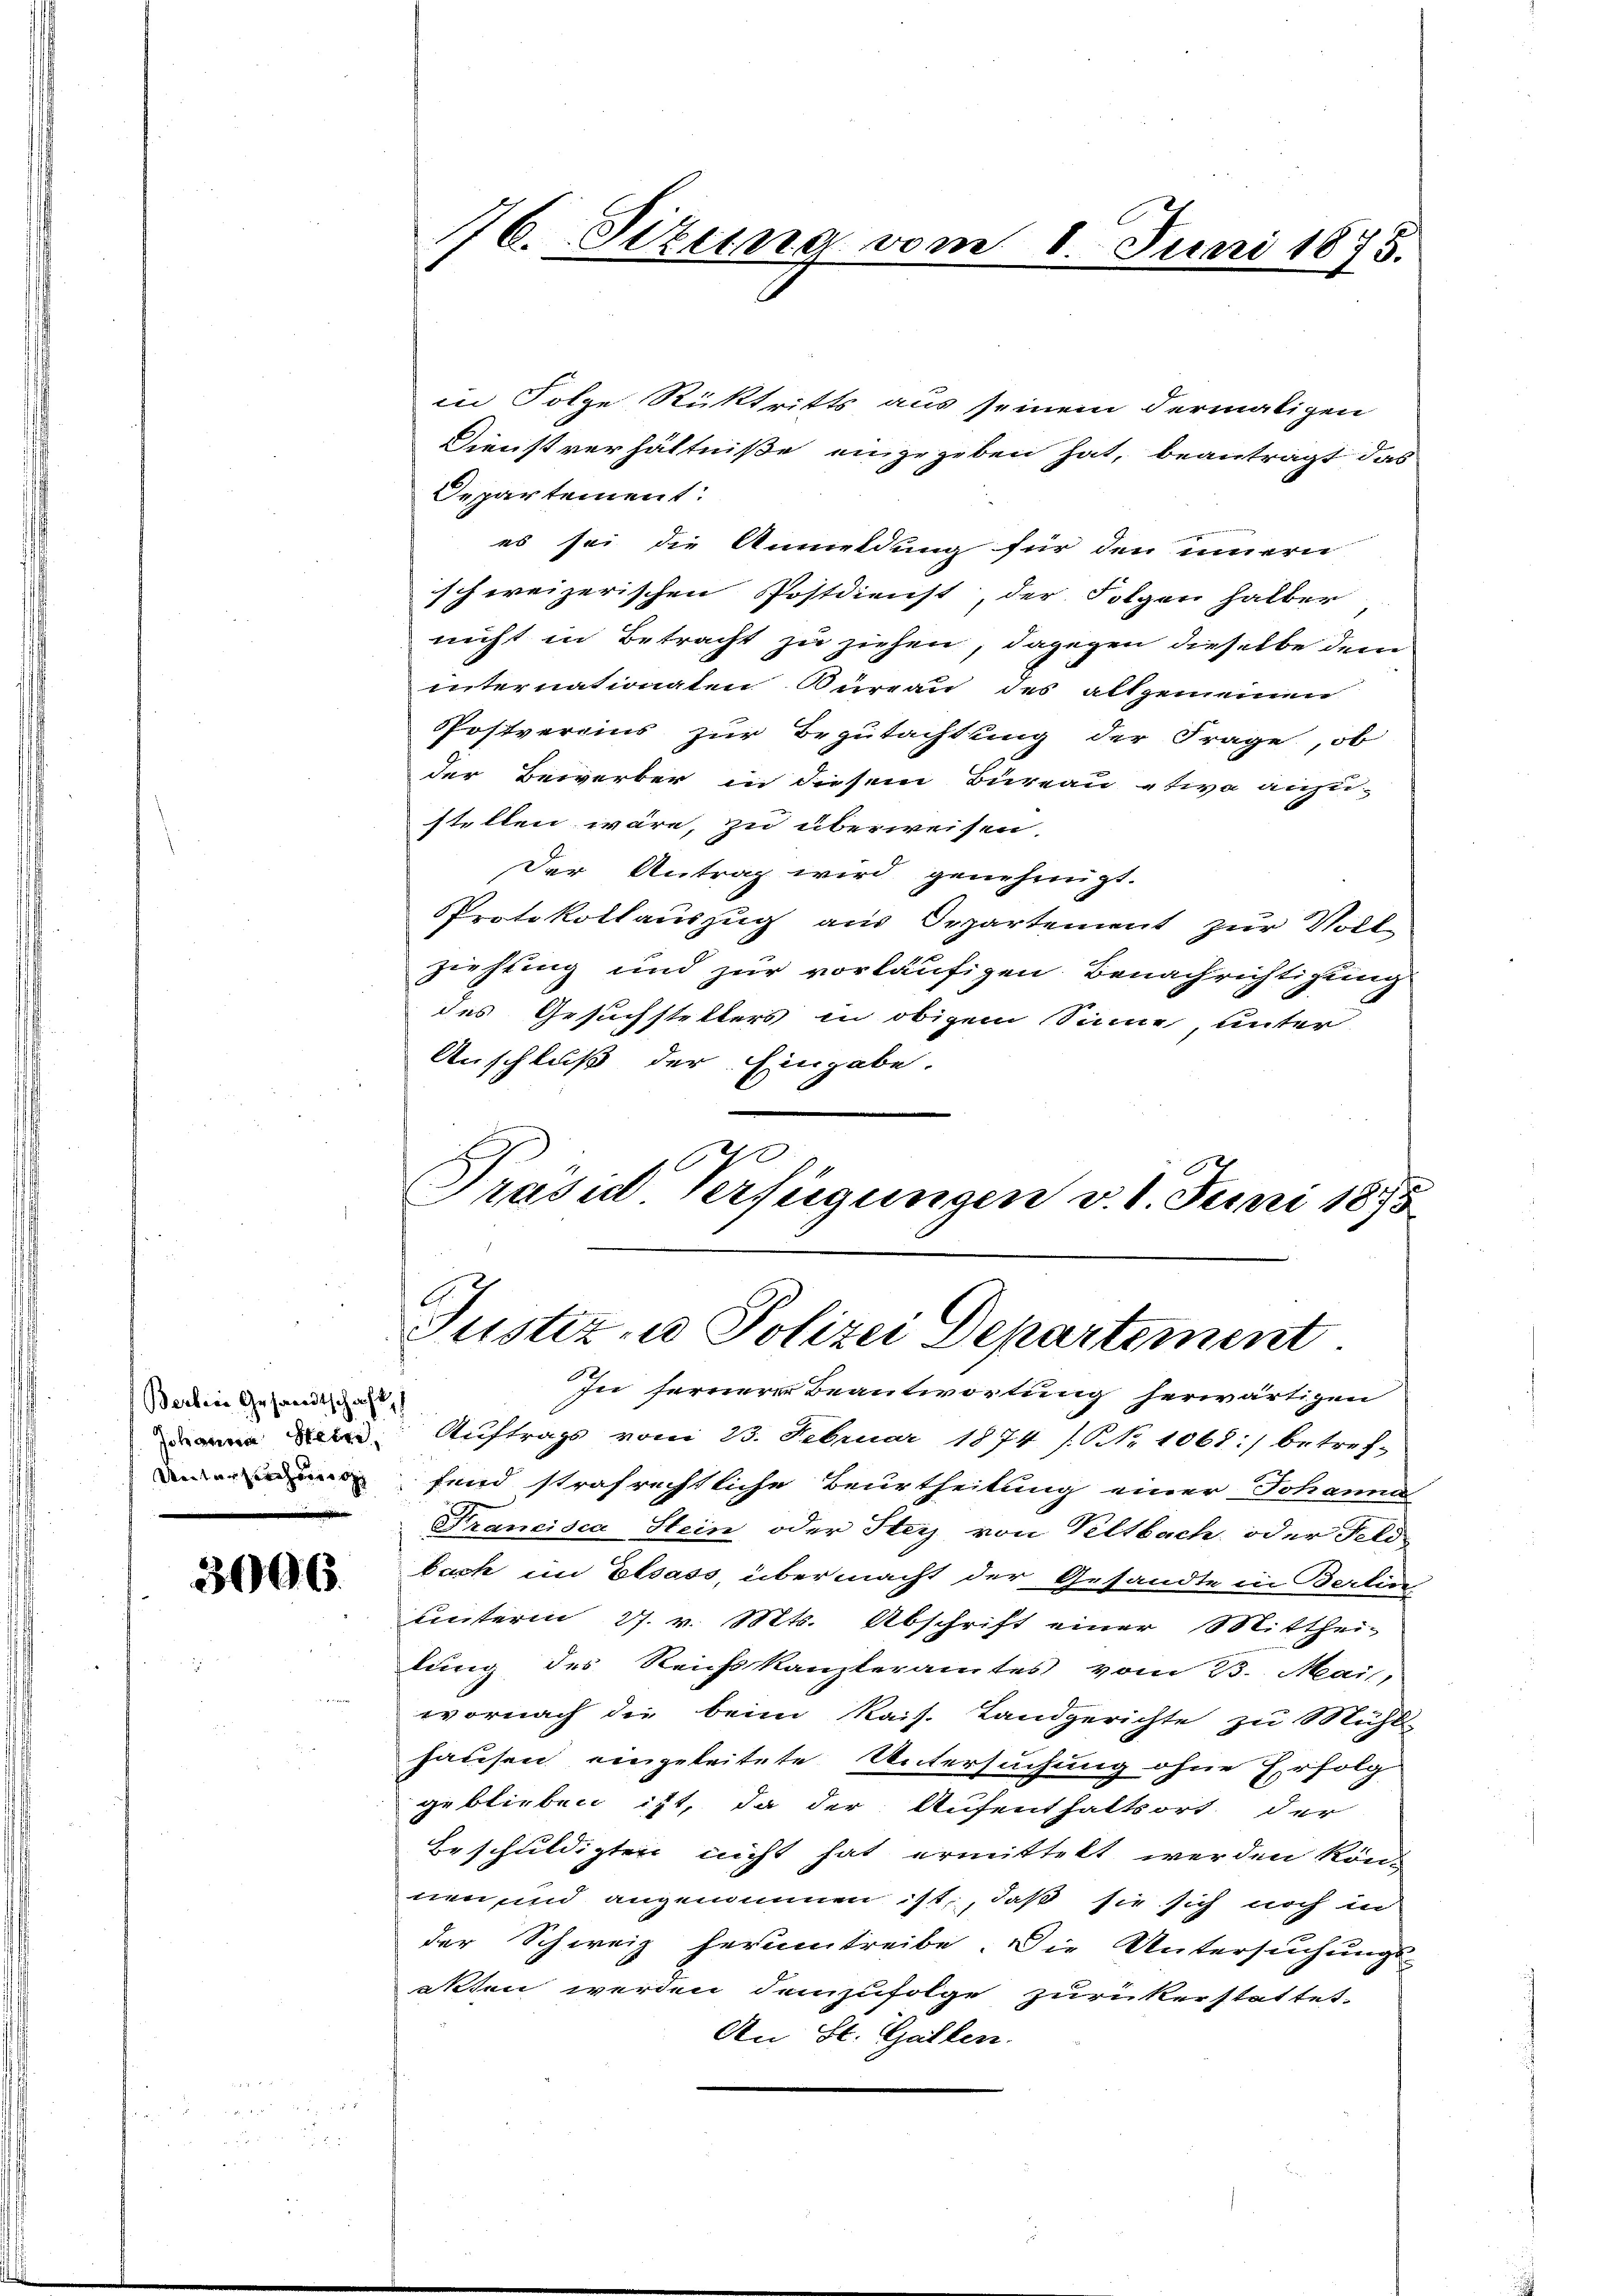
Berbene Gesandtschaft

3006.

in Folge Rücktritts aus seinem dermaligen
Dienstverhältniße eingegeben hat, beanträgt das
Departement:
es sei die Anmeldung für den innern
schweizerischen Postdienst, der Folgen halber
nicht in Betracht zu ziehen, dagegen dieselbe dem
internationaten Bureau des allgemeinen
Postvereins zur Begutachtung der Frage, ob
der Bewerber in diesem Büreau tiva anzu-
stellen wäre, zu überweisen.
Der Antrag wird genehmigt.
Protokollauszug aus Departement zur Voll-
ziehung und zur vorläufigen Benachrichtigung
des Gesuchstellers in obigem Sinne, unter
Anschluß der Eingabe.
Präsid. Verfügungen v. 1. Juni 1875

76. Situng vom 1. Juni 1875.

Justiz u. Polizei Departement

se fernere Beantwortung herwärtigen
: Auftrags vom 23. Februar 1874 / No 1068:) betref-
fend strafrechtliche Beurtheilung einer Johanne
Francisca Stein oder Stey von Peltbach, oder Feld-
bach im Elsass, übermacht der Gesandte in Berlin
unterm 27. v. Mts. Abschrift einer Mitthei-
lung des Reichskanzleramtes vom 13. Mai,
wornach die beim Kais. Landgerichte zu Mühl-
hausen eingeleitete Untersuchung ohne Erfolg
geblieben ist, da der Aufenthaltsort der
Beschuldigten nicht hat ermittelt werden kön
nen, und angenommen ist, daß sie sich noch in
der Schweiz herumtreibe. Die Untersuchungs
akten werden demzufolge zurückerstattet.
An St. Gallen.